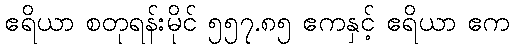
ဧရိယာ စတုရန်းမိုင် ၅၅၇.၈၅ ဧကနှင့် ဧရိယာ ဧက